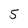
Character: 5